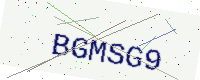
Text: BGMSG9